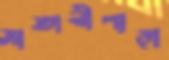
সাতানীপাড়া